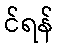
င်ရန်